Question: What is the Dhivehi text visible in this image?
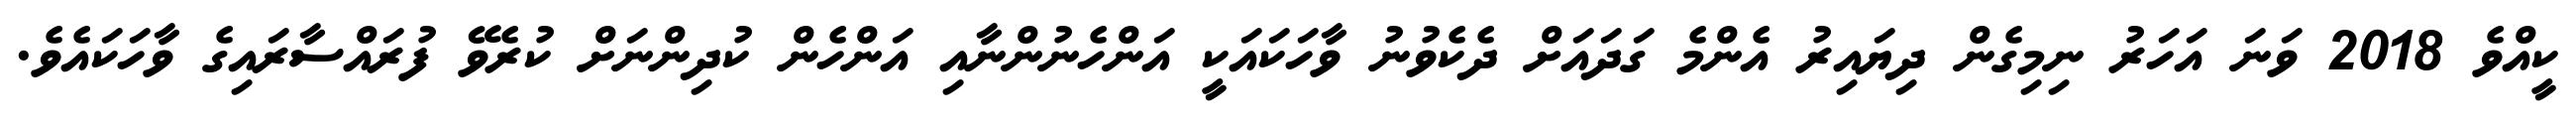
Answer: ކީއްވެ 2018 ވަނަ އަހަރު ނިމިގެން ދިޔައިރު އެންމެ ގަދައަށް ދެކެވުނު ވާހަކައަކީ އަންހެނުންނާއި އަންހެން ކުދިންނަށް ކުރެވޭ ފުރައްސާރައިގެ ވާހަކައެވެ.